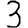
Digit: 3